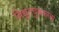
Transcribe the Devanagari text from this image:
विद्युतचुंबकाचा